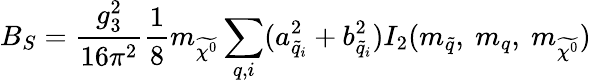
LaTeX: B_{S}=\frac{g_{3}^{2}}{16\pi^{2}}\frac{1}{8}m_{\widetilde{\chi^{0}}}\sum_{q,i}(a_{\widetilde{q}_{i}}^{2}+b_{\widetilde{q}_{i}}^{2})I_{2}(m_{\widetilde{q}},\ m_{q},\ m_{\widetilde{\chi^{0}}})